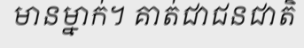
មានម្នាក់។ គាត់ជាជនជាតិ